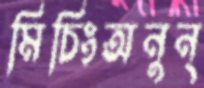
মিচিংঅনুন্